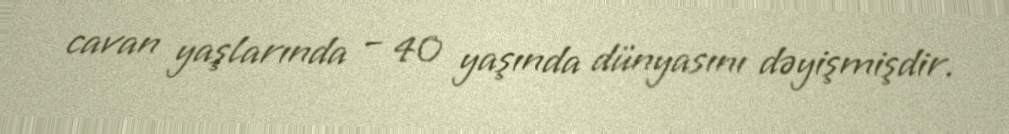
cavan yaşlarında – 40 yaşında dünyasını dəyişmişdir.